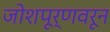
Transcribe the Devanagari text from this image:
जोशपूर्णवरून